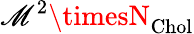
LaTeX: \mathscr{M}^{2}\timesN_{\mathrm{{Chol}}}